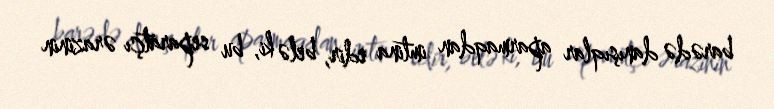
barədə danışıqlar aparmaqdan imtina edir, belə ki, bu separatçı ərazinin